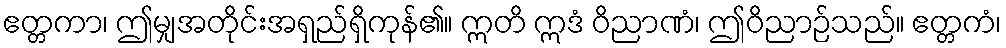
ဧတ္တကာ၊ ဤမျှအတိုင်းအရှည်ရှိကုန်၏။ ဣတိ ဣဒံ ဝိညာဏံ၊ ဤဝိညာဉ်သည်။ ဧတ္တကံ၊